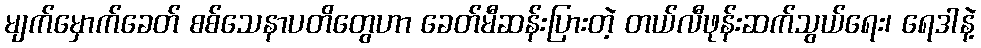
မျက်မှောက်ခေတ် စစ်သေနာပတိတွေဟာ ခေတ်မီဆန်းပြားတဲ့ တယ်လီဖုန်းဆက်သွယ်ရေး၊ ရေဒါနဲ့